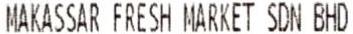
MAKASSAR FRESH MARKET SDN BHD